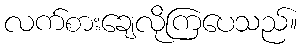
လက်စားချေလိုကြပေသည်။